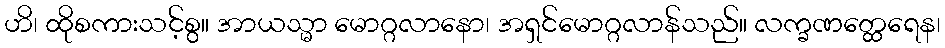
ဟိ၊ ထိုစကားသင့်စွ။ အာယသ္မာ မောဂ္ဂလာနော၊ အရှင်မောဂ္ဂလာန်သည်။ လက္ခဏတ္ထေရေန၊